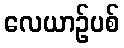
လေယာဉ်ပစ်